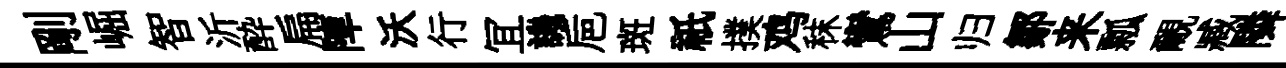
剛崛智沂酔扁陣沃行冝譏巵斑祇撲鸡秣鸞山归鄒来瓢覼臧隣